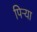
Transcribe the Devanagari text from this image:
पिऱ्या